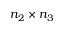
n _ { 2 } \times n _ { 3 }